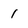
Character: 1